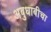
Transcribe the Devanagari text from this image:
अबुधाबीचा